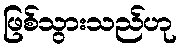
ဖြစ်သွားသည်ဟု